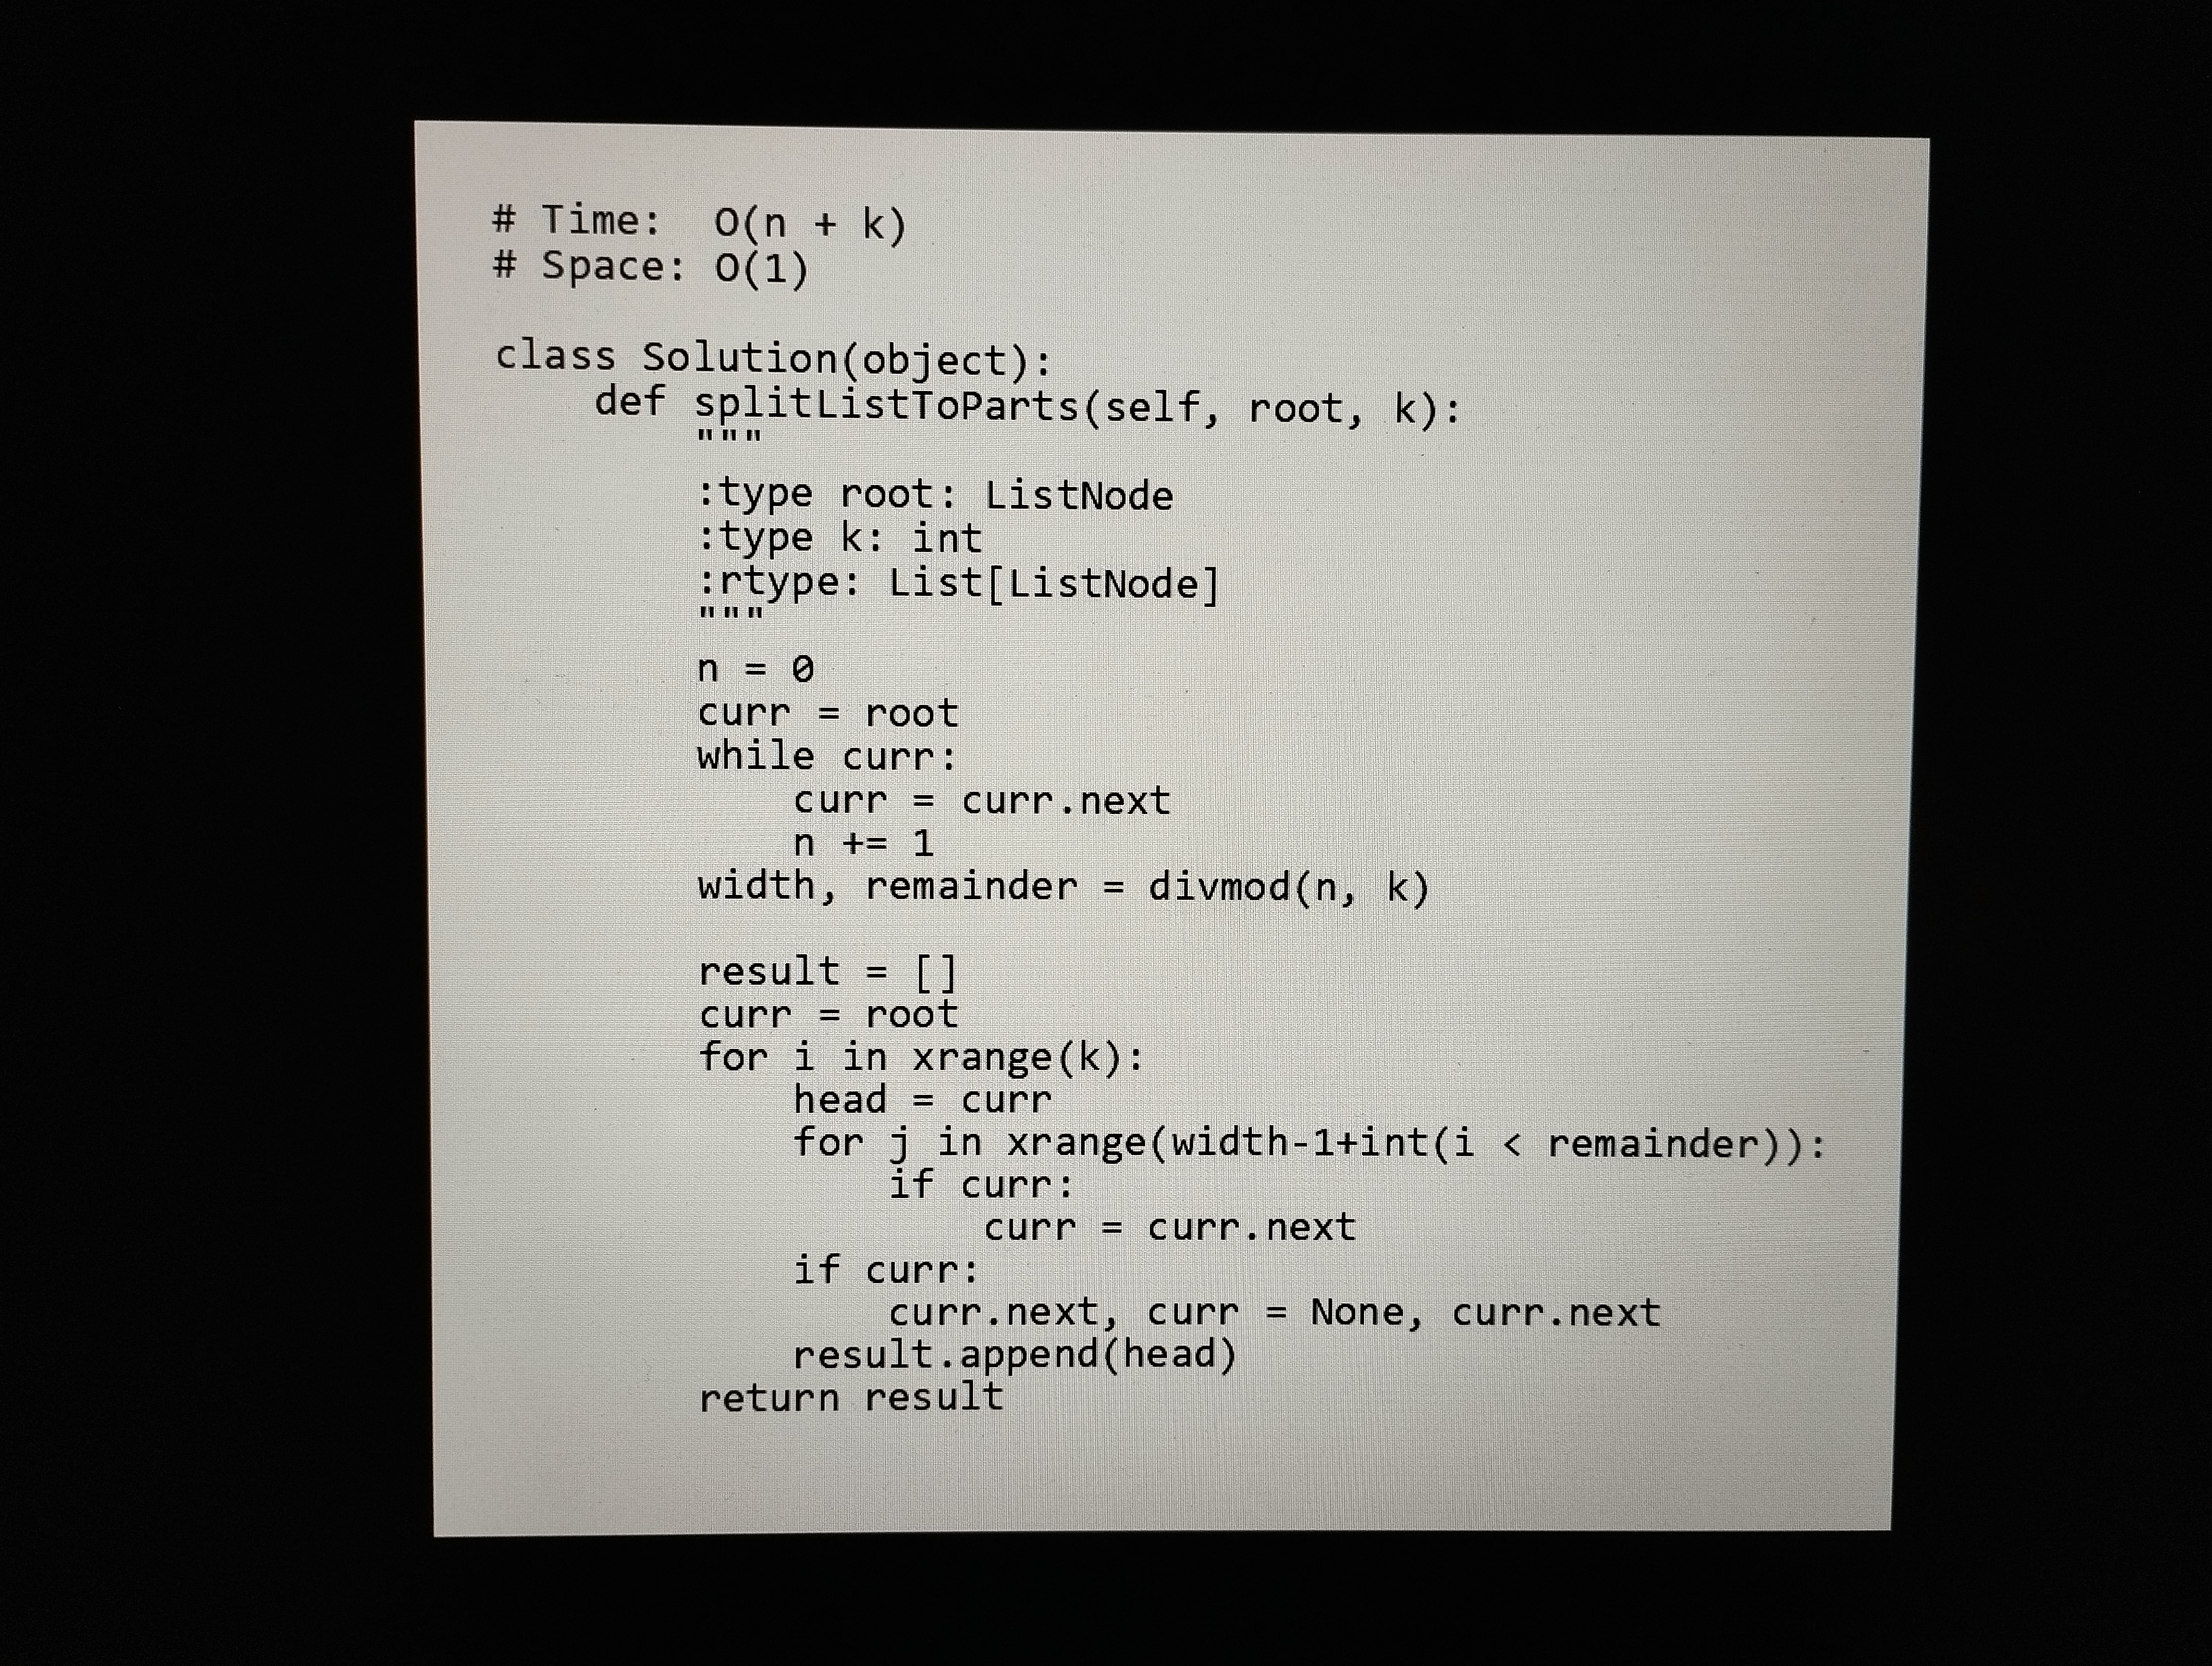
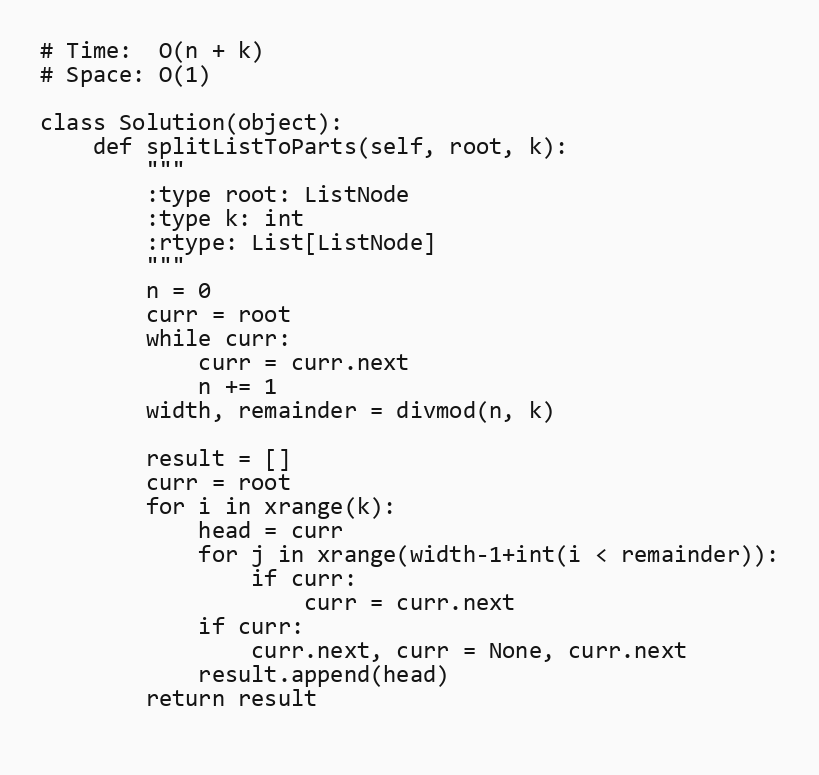
# Time:  O(n + k)
# Space: O(1)

class Solution(object):
    def splitListToParts(self, root, k):
        """
        :type root: ListNode
        :type k: int
        :rtype: List[ListNode]
        """
        n = 0
        curr = root
        while curr:
            curr = curr.next
            n += 1
        width, remainder = divmod(n, k)

        result = []
        curr = root
        for i in xrange(k):
            head = curr
            for j in xrange(width-1+int(i < remainder)):
                if curr:
                    curr = curr.next
            if curr:
                curr.next, curr = None, curr.next
            result.append(head)
        return result